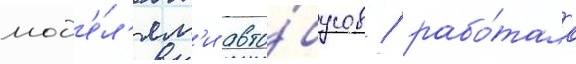
мод'е́л'ям'и авто́бусов / рабо́тала